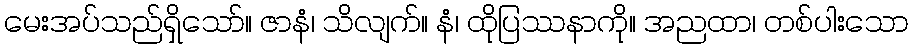
မေးအပ်သည်ရှိသော်။ ဇာနံ၊ သိလျက်။ နံ၊ ထိုပြဿနာကို။ အညထာ၊ တစ်ပါးသော